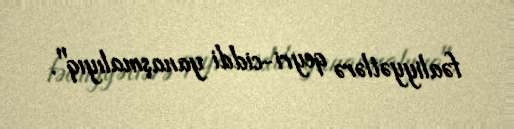
fəaliyyətlərə qeyri-ciddi yanaşmalıyıq".